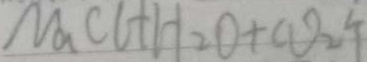
M _ { a } C l + H _ { 2 } O + C O _ { 2 } \uparrow